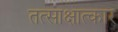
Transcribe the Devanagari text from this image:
तत्साक्षात्कार